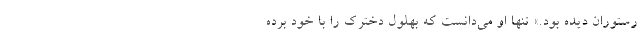
رستوران دیده بود.» تنها او می‌دانست که بهلول دخترک را با خود برده